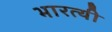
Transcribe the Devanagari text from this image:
भारत्यी